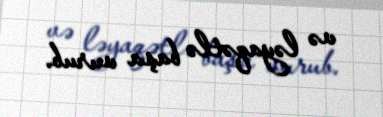
və ləyaqətlə başa vurub.